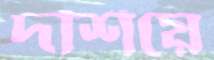
দর্শিয়ে